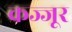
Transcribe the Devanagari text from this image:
कज्जूर